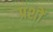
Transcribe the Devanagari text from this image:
प्रशों